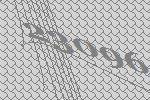
23096